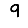
Digit: 9